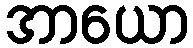
အာယော